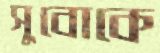
সুবোকে